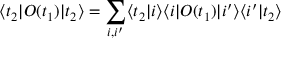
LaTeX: \langle t _ { 2 } | { \cal O } ( t _ { 1 } ) | t _ { 2 } \rangle = \sum _ { i , i ^ { \prime } } \langle t _ { 2 } | i \rangle \langle i | { \cal O } ( t _ { 1 } ) | i ^ { \prime } \rangle \langle i ^ { \prime } | t _ { 2 } \rangle